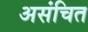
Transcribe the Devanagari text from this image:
असंचित